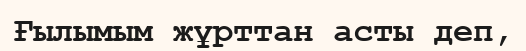
Ғылымым жұрттан асты деп,